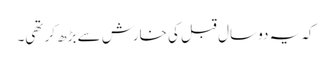
کہ یہ دو سال قبل کی خارش سے بڑھ کر تھی۔